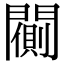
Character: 𨶨